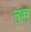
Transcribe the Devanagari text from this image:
नुव्वु